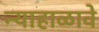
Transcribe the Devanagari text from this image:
न्याहाळावे